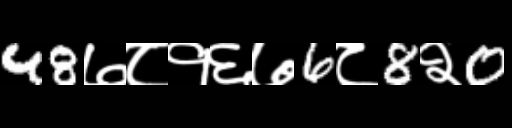
Text: 48७८१६७6८8२0